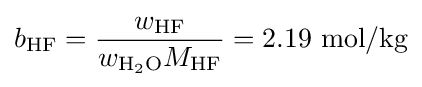
b_{\mathrm {HF} }={\frac {w_{\mathrm {HF} }}{w_{\mathrm {H_{2}O} }M_{\mathrm {HF} }}}=2.19\ \mathrm {mol/kg}